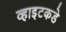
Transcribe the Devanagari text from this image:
व्हाइटकडे